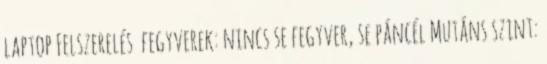
laptop Felszerelés fegyverek: nincs se fegyver, se páncél Mutáns szint: